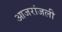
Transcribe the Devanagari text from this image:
आजरांजली